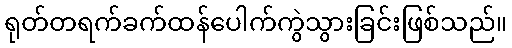
ရုတ်တရက်ခက်ထန်ပေါက်ကွဲသွားခြင်းဖြစ်သည်။